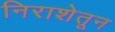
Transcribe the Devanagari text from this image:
निराशेतून